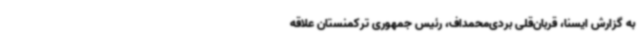
به گزارش ایسنا، قربان‌قلی بردی‌محمداف، رئیس جمهوری ترکمنستان علاقه